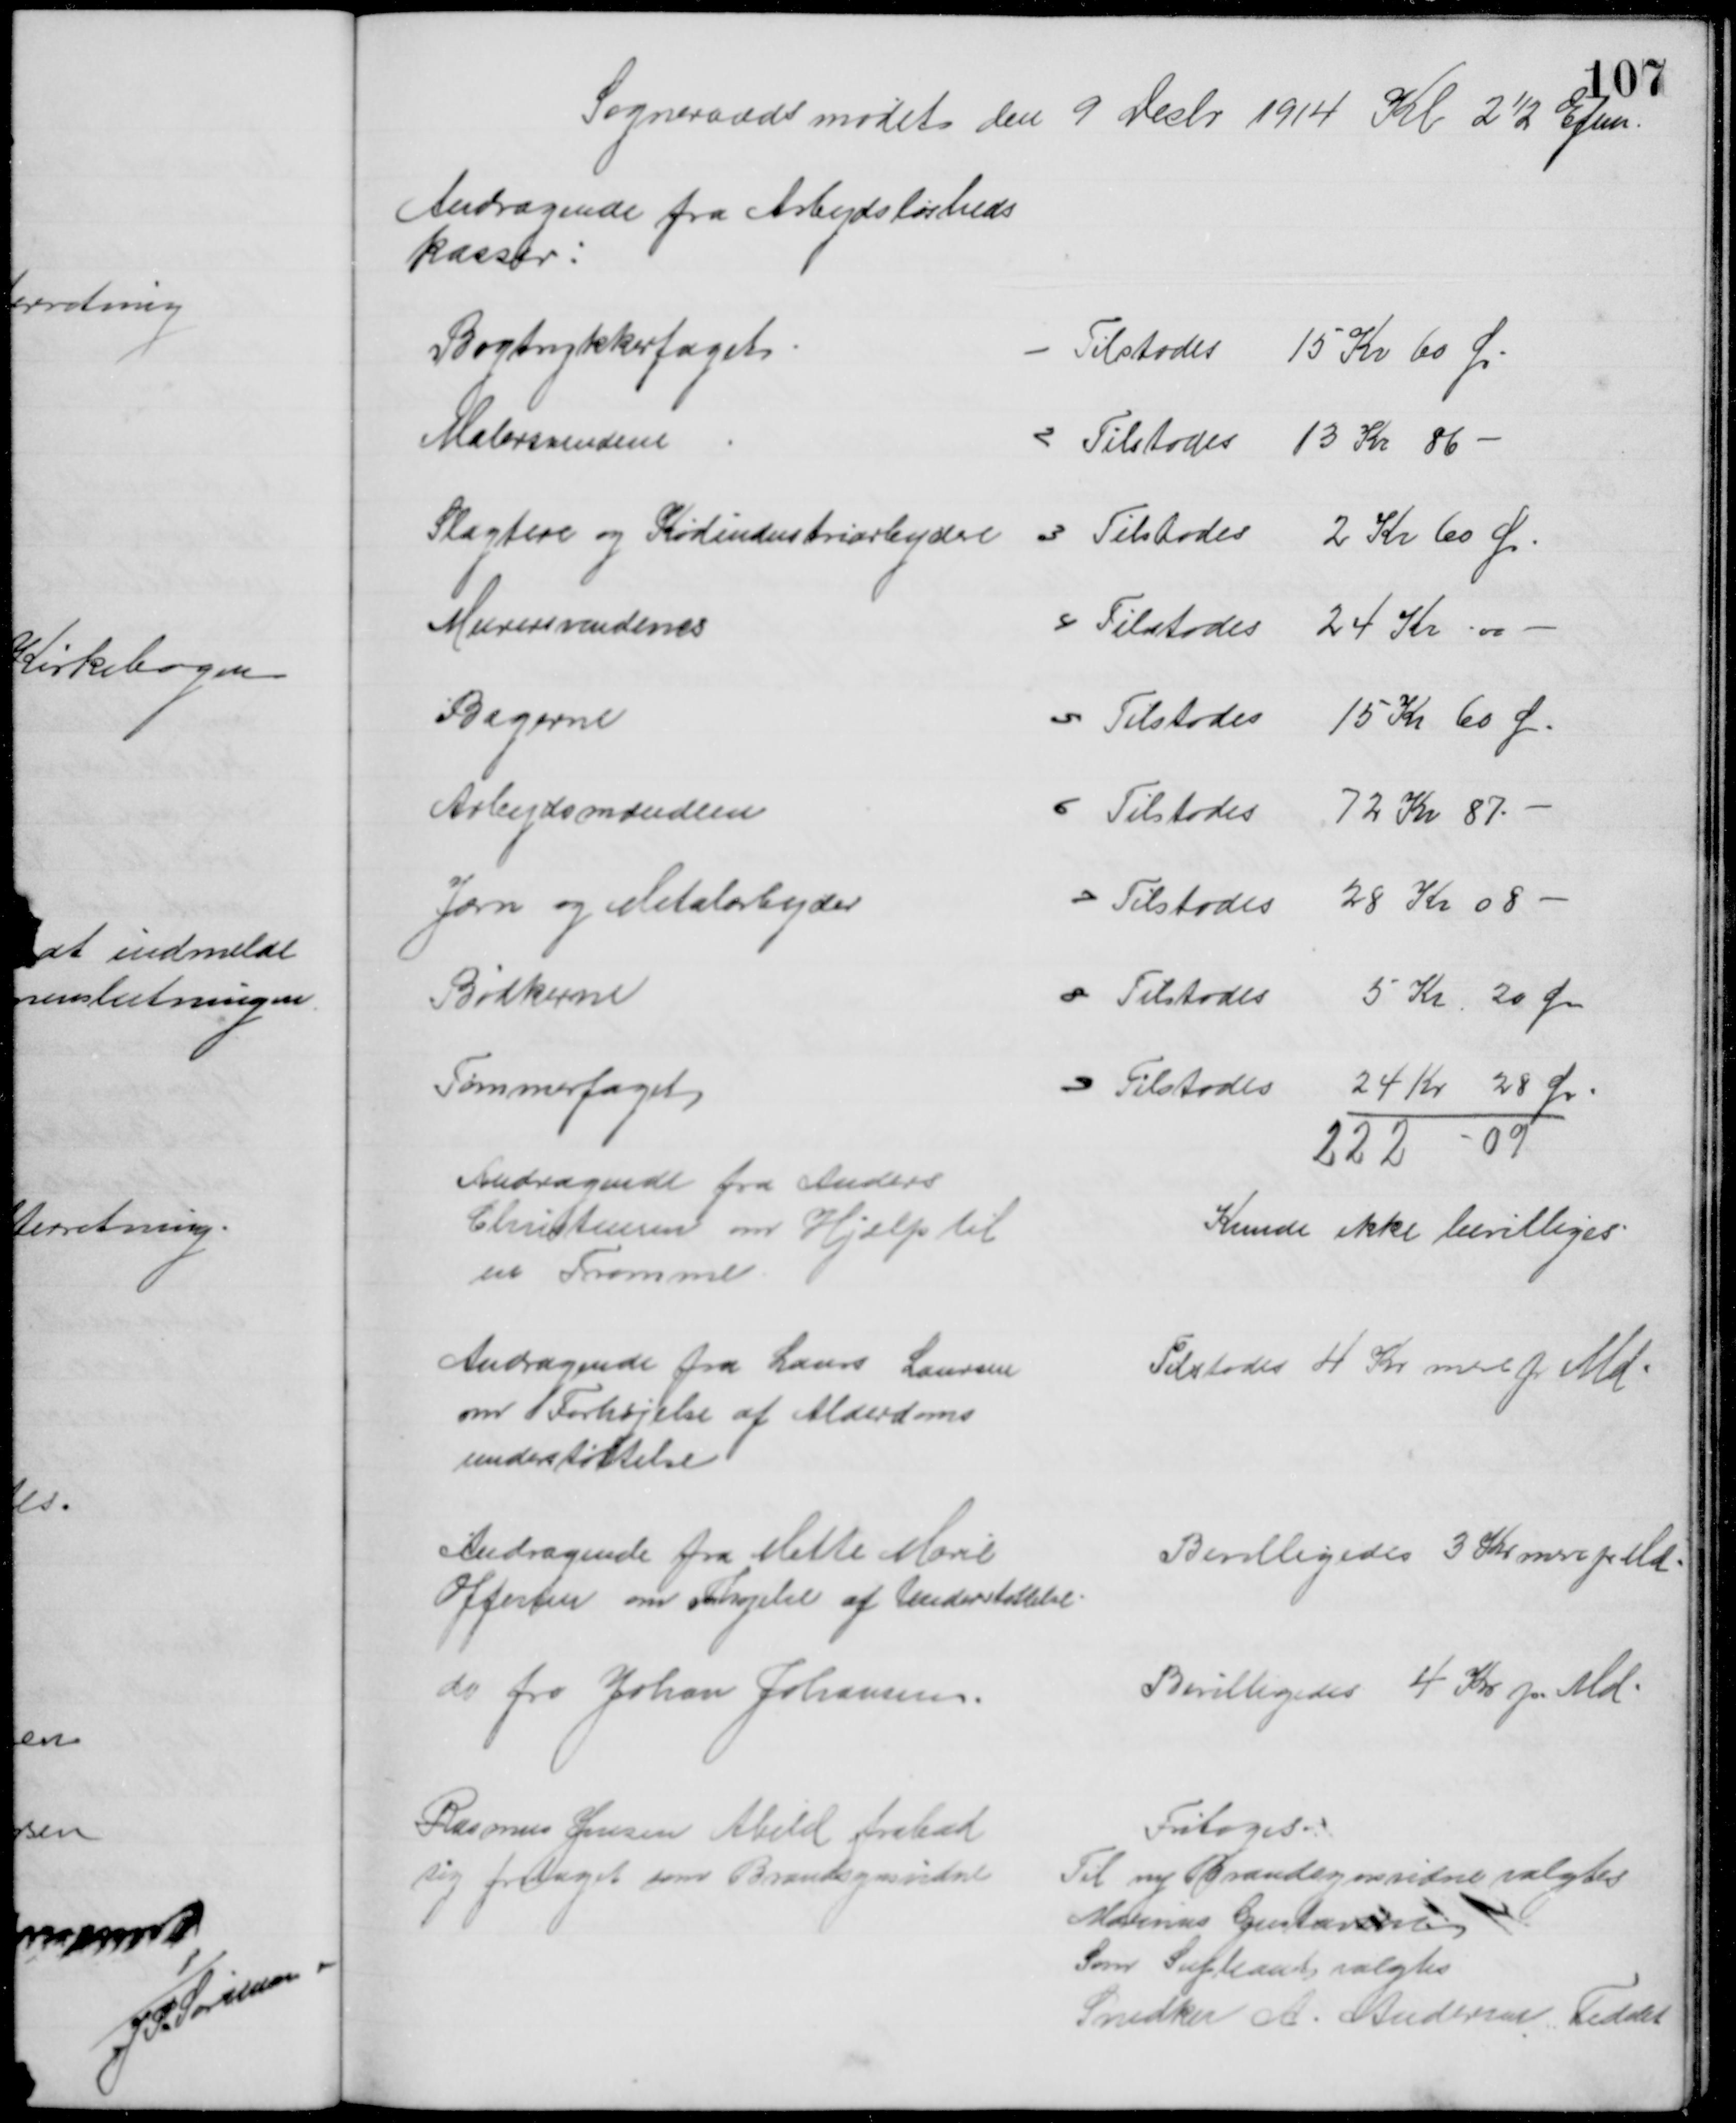
Transskription:
Sogneraadsmødet den 9 Decbr 1914 Kl 2½ Efm..
Andragende fra Arbejdsløsheds
kasser:
Bogtrykkerfagets
1 Tilstodes 15 Kr 60 Ør
Malersvendene
2 Tilstodes 13 Kr 86 
Slagtere og Kødindustriarbejder
3 Tilstodes 2 Kr 60 Ør.
Murersvendenes
4 Tilstodes 24 Kr 00
Bagerne
5 Tilstodes 15 Kr 60 Ø
Arbejdsmændene
6 Tilstodes 72 Kr 87 
Jærn og Metalarbejder
7 Tilstodes 28 Kr 08
Bødkerne
8 Tilstodes 5 Kr 20 Ør
Tømmerfaget
9 Tilstodes 24 Kr 28 Ør.
222-09
Andragende fra Anders
Christensen om Hjælp til
en Tromme
Kunde ikke bevilliges
Andragende fra Laurs Laursen
om Forhøjelse af Alderdoms
understøttelse
Tilstodes 4 Kr. mere pr Md
Andragende fra Mette Marie
Offersen om Forhøjelse af Understøttelse.
Bevilligedes 3 Kr mere pr Md.
do fra Johan Johansen.
Bevilligedes 4 Kr pr Md.
Rasmus Jensen Abild frabad
sig fritaget som Brandsynsvidne
Fritoges
Til ny Brandsynsvidne valgtes
Marinus Gustavsen
Som Supleant valgtes
Snedker A. Andersen, Feddet